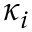
\kappa _ { i }